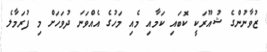
ޒުވާނުންގެ ޝުއޫރަކީ ކޮބައި ކަމާއި މެއި މަހުގެ އެއްވަނަ ދުވަހަށް މި ފުރަމާލެ